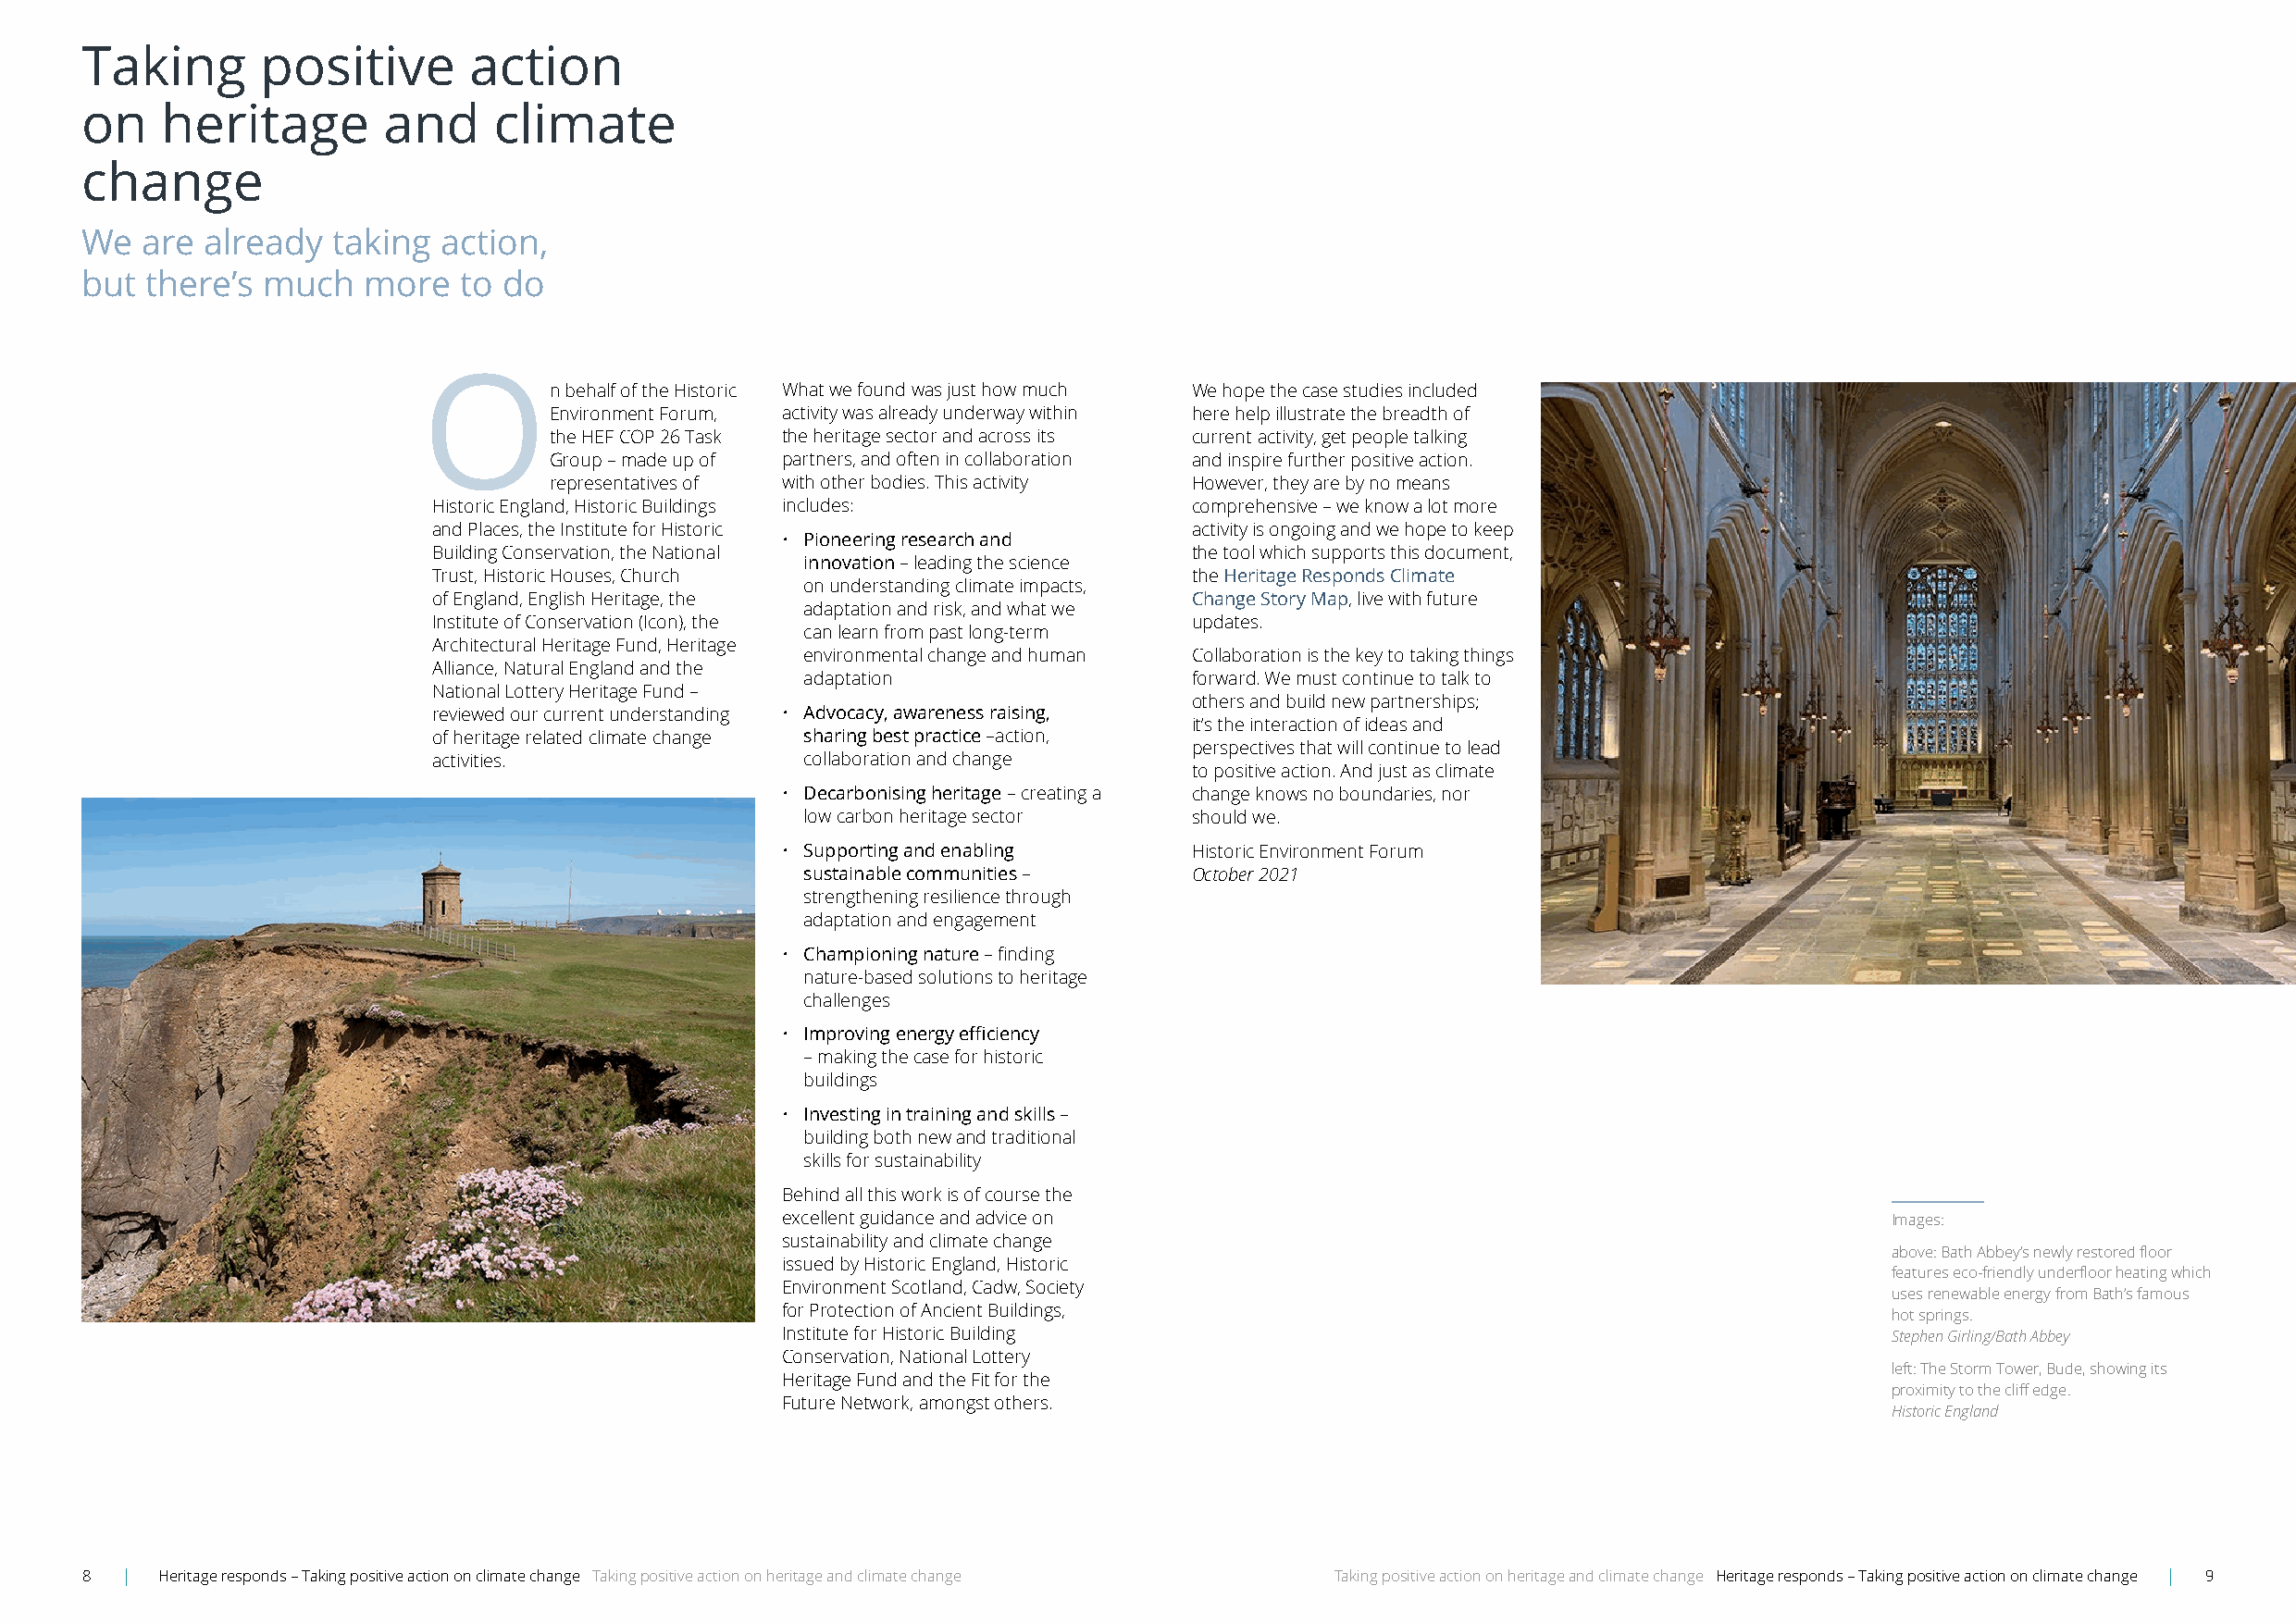
Taking       positive       action
 on    heritage       and     climate
 change
 We  are  already  taking  action,
 but there’s  much   more   to do
 O
 n behalf of the Historic What we found was just how much We hope the case studies included
 Environment Forum, activity was already underway within here help illustrate the breadth of
 the HEF COP 26 Task the heritage sector and across its current activity, get people talking
 Group – made up of partners, and often in collaboration and inspire further positive action .
 representatives of with other bodies . This activity However, they are by no means
 Historic England, Historic Buildings includes:        comprehensive – we know a lot more
 and Places, the Institute for Historic                activity is ongoing and we hope to keep
 • Pioneering research and
 Building Conservation, the National                   the tool which supports this document,
 innovation – leading the science
 Trust, Historic Houses, Church                        the Heritage Responds Climate
 on understanding climate impacts,
 of England, English Heritage, the                     Change Story Map, live with future
 adaptation and risk, and what we
 Institute of Conservation (Icon), the                 updates .
 can learn from past long-term
 Architectural Heritage Fund, Heritage
 environmental change and human Collaboration is the key to taking things
 Alliance, Natural England and the
 adaptation                  forward . We must continue to talk to
 National Lottery Heritage Fund –
 others and build new partnerships;
 reviewed our current understanding • Advocacy, awareness raising,
 it’s the interaction of ideas and
 of heritage related climate change sharing best practice –action,
 perspectives that will continue to lead
 activities .              collaboration and change
 to positive action . And just as climate
 • Decarbonising heritage – creating a change knows no boundaries, nor
 low carbon heritage sector  should we .
 • Supporting and enabling    Historic Environment Forum
 sustainable communities –   October 2021
 strengthening resilience through
 adaptation and engagement
 • Championing nature – finding
 nature-based solutions to heritage
 challenges
 • Improving energy efficiency
 – making the case for historic
 buildings
 • Investing in training and skills –
 building both new and traditional
 skills for sustainability
 Behind all this work is of course the
 excellent guidance and advice on                                               Images:
 sustainability and climate change
 above: Bath Abbey’s newly restored floor
 issued by Historic England, Historic
 features eco-friendly underfloor heating which
 Environment Scotland, Cadw, Society
 uses renewable energy from Bath’s famous
 for Protection of Ancient Buildings,
 hot springs .
 Institute for Historic Building                                                Stephen Girling/Bath Abbey
 Conservation, National Lottery
 left: The Storm Tower, Bude, showing its
 Heritage Fund and the Fit for the
 proximity to the cliff edge.
 Future Network, amongst others .
 Historic England
 8  | Heritage responds – Taking positive action on climate change Taking positive action on heritage and climate change Taking positive action on heritage and climate change Heritage responds – Taking positive action on climate change | 9